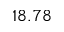
1 8 . 7 8